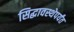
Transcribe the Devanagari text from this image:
सिद्धावस्थेपर्यंत